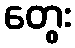
တွေး